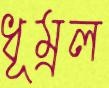
ধূম্রল